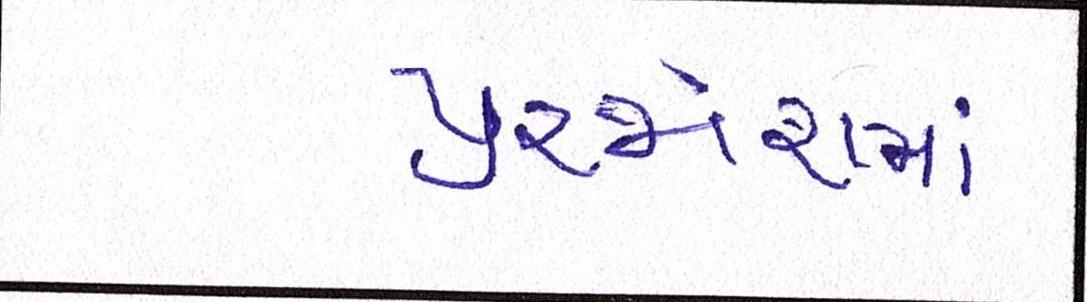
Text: પુરજોશમાં